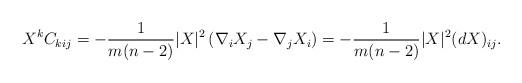
LaTeX: \begin{align*}X^k C_{kij} = -\frac{1}{m(n-2)}|X|^2 \left ( \nabla_i X_j -\nabla_j X_i \right ) = -\frac{1}{m(n-2)}|X|^2(dX)_{ij}.\end{align*}